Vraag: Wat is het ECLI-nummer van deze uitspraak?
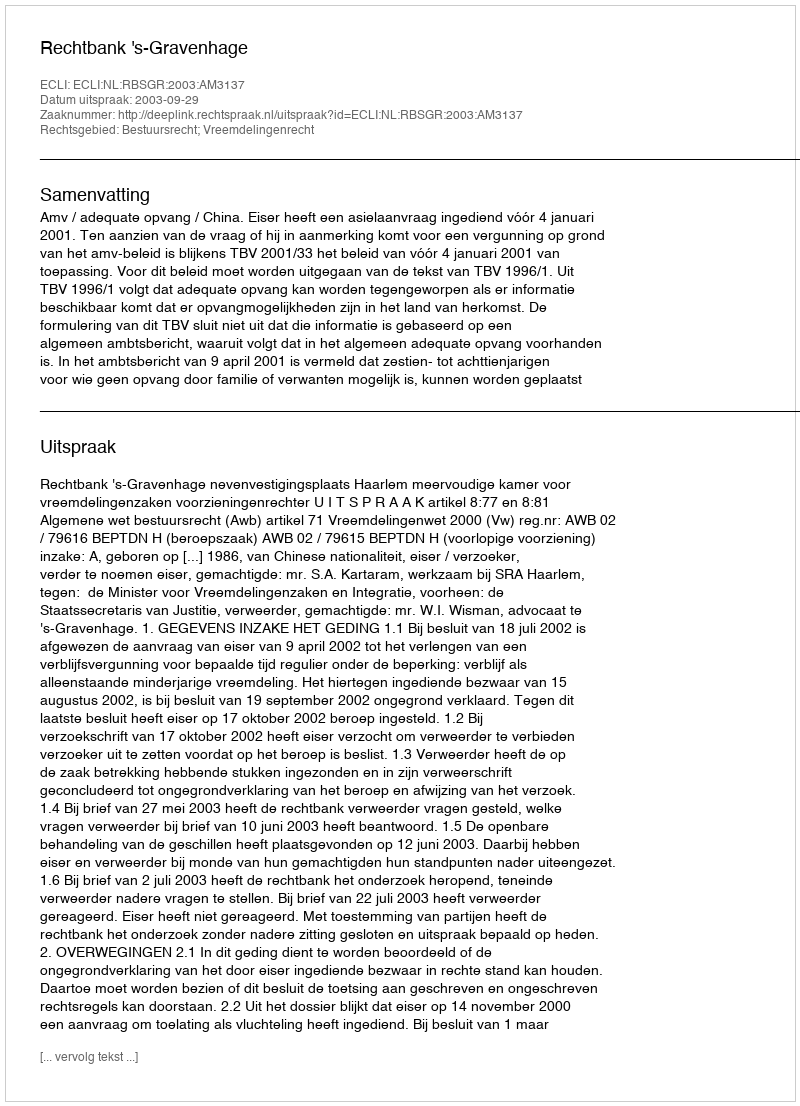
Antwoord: ECLI:NL:RBSGR:2003:AM3137